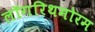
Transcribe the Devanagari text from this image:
लॉगरिथमोरम